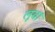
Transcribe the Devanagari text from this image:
लूवां